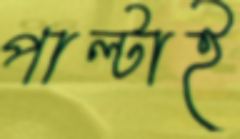
পাল্টাই